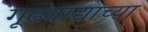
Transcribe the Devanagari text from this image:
गूढवाद्यांच्या